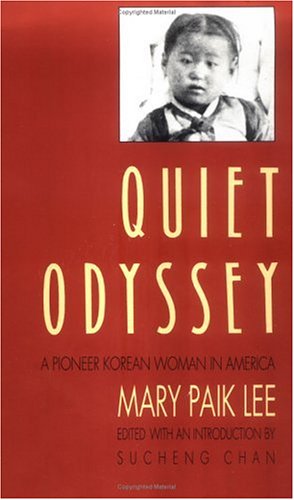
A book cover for Quiet Odyssey: A Pioneer Korean Woman in America (Samuel and Althea Stroum Books); Mary Paik Lee; Gay & Lesbian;